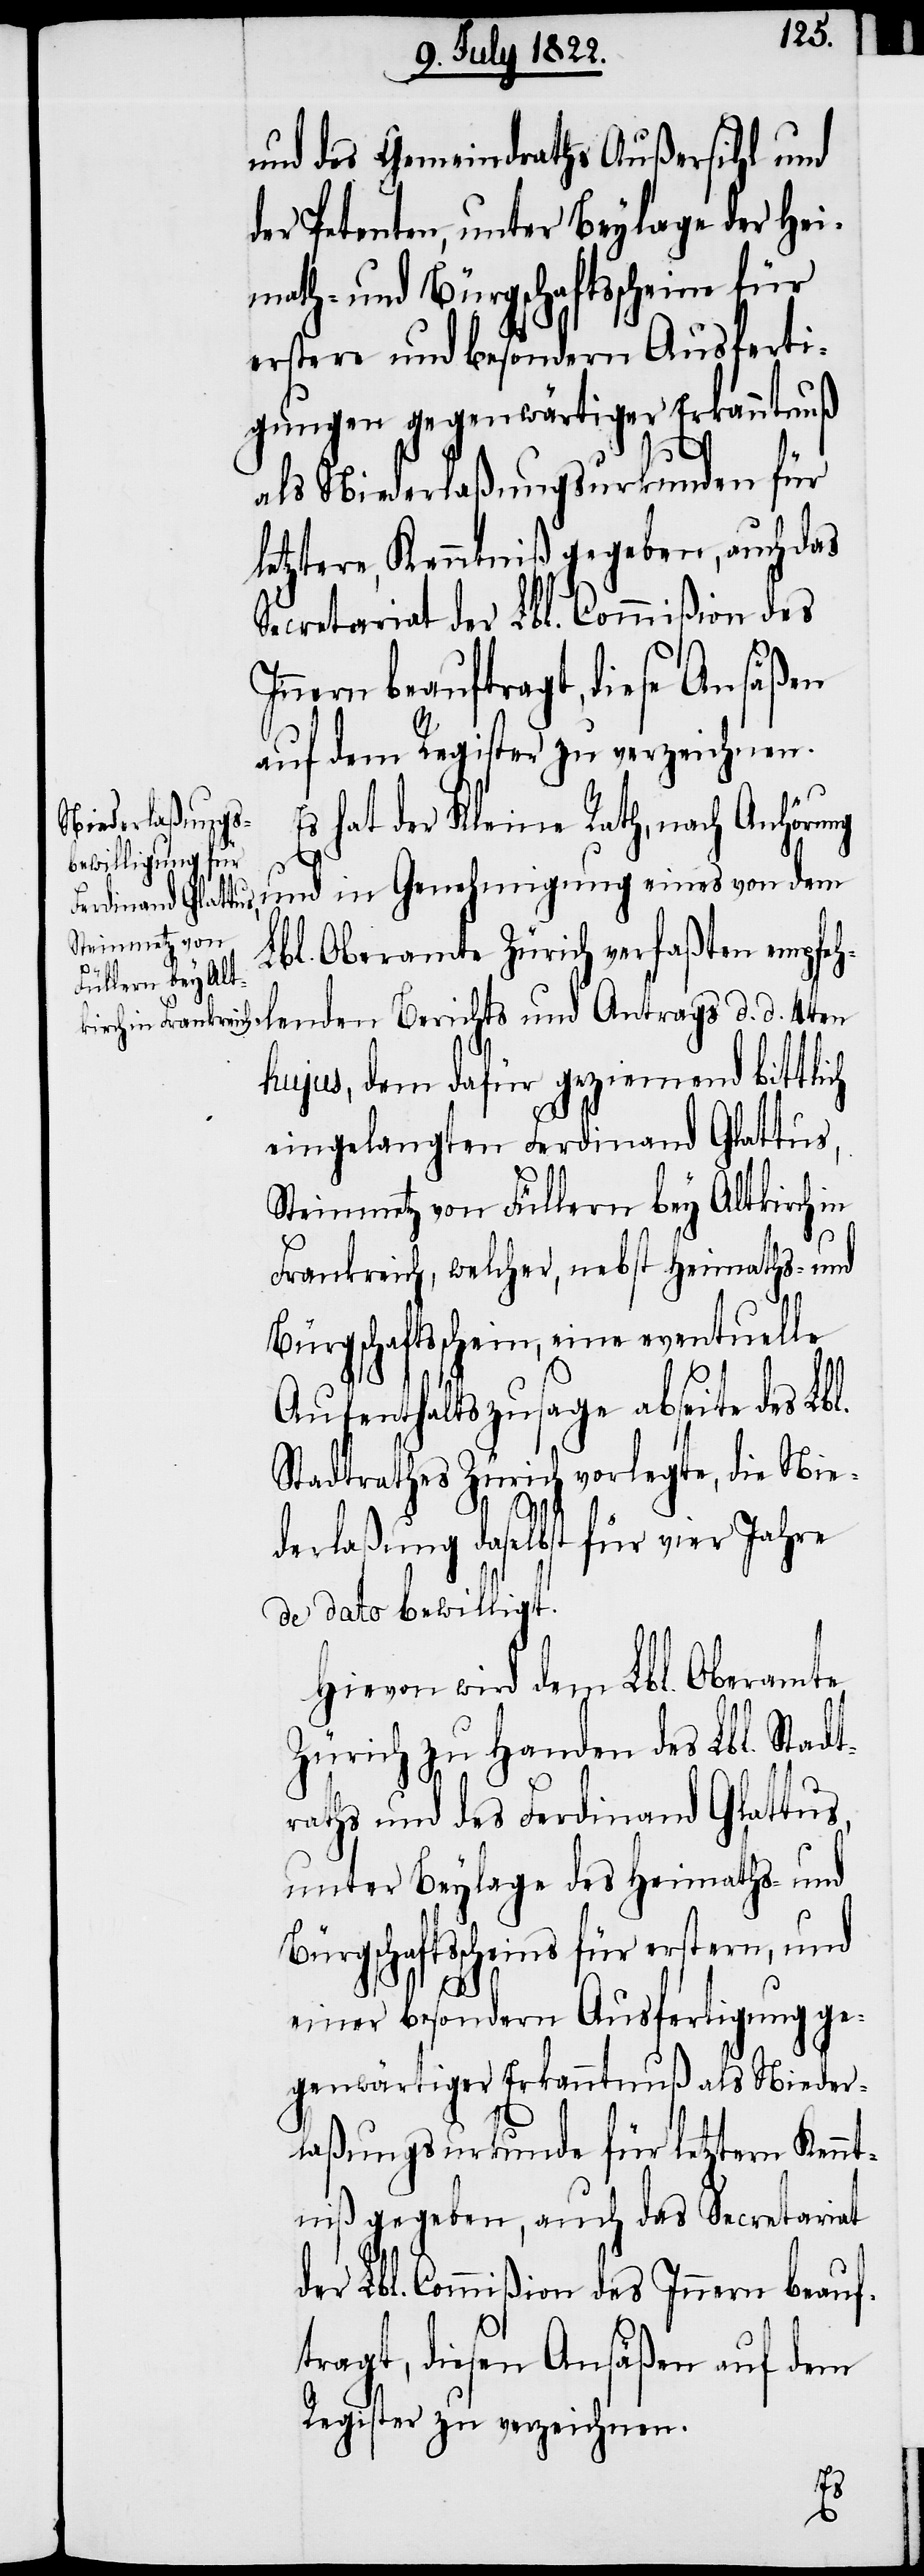
und des Gemeindraths Außersihl und
der Petenten, unter Beylage der Hei¬
math- und Bürgschaftsscheine für
erstere und besondern Ausferti¬
gungen gegenwärtiger Erkanntnuß
als Niederlaßungsurkunden für
letztere, Kenntniß gegeben, auch das
Secretariat der Lbl. Commißion des
nern beauftragt, diese Ansäßen
auf dem Register zu verzeichnen.
Es hat der Kleine Rath, nach Anhörung
und in Genehmigung eines von dem
Lbl. Oberamte Zürich verfaßten empfeh¬
lenden Berichts und Antrags d. d. 4ten
hujus, dem dafür geziemend bittlich
eingelangten Ferdinand Glattus,
Steinmetz von Füllern bey Altkirch in
Frankreich, welcher, nebst Heimaths- und
Bürgschaftsschein, eine eventuelle
Aufenthaltszusage abseite des Lbl.
Stadtrathes Zürich vorlegte, die Nie¬
In¬
derlaßung daselbst für vier Jahre
de dato bewilligt.
Hievon wird dem Lbl. Oberamte
Zürich zu Handen des Lbl. Stadt¬
raths und des Ferdinand Glattus,
unter Beylage des Heimaths- und
Bürgschaftsscheins für erstern, und
einer besondern Ausfertigung ge¬
genwärtiger Erkanntnuß als Nieder¬
laßungsurkunde für letztern Kennt¬
niß gegeben, auch das Secretariat
der Lbl. Commißion des Innern beauf¬
tragt, diesen Ansäßen auf dem
Register zu verzeichnen.